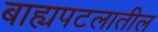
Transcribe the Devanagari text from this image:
बाह्यपटलातील